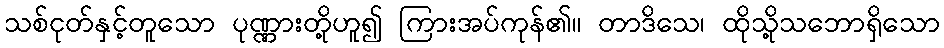
သစ်ငုတ်နှင့်တူသော ပုဏ္ဏားတို့ဟူ၍ ကြားအပ်ကုန်၏။ တာဒိသေ၊ ထိုသို့သဘောရှိသော